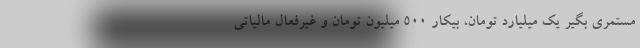
مستمری بگیر یک میلیارد تومان، بیکار 500 میلیون تومان و غیرفعال مالیاتی